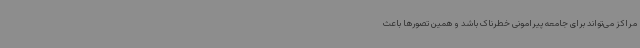
مراکز می‌تواند برای جامعه پیرامونی خطرناک باشد و همین تصورها باعث